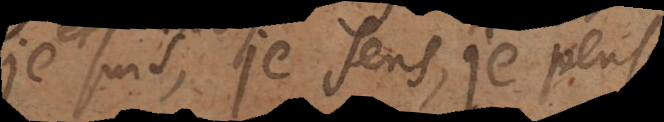
Je suis, je sens, je pens